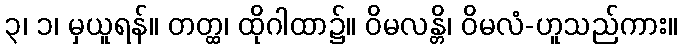
၃၊ ၁၊ မှယူရန်။ တတ္ထ၊ ထိုဂါထာ၌။ ဝိမလန္တိ၊ ဝိမလံ-ဟူသည်ကား။